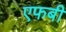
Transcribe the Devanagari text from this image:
एफबी